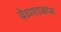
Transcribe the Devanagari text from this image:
वेधशाळांस